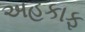
અહકાફ